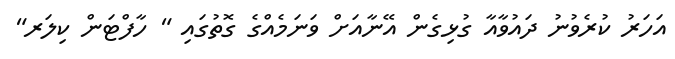
އަހަރު ކުރެވުނު ދައުވާއާ ގުޅިގެން އޭނާއަށް ވަނަމެއްގެ ގޮތުގައި " ހާފްޓަން ކިލަރ"